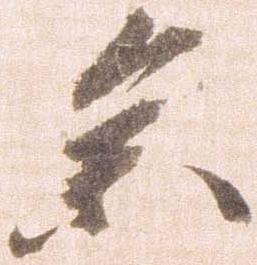
参